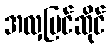
အလှပြင်ဆိုင်